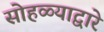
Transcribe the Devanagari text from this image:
सोहळ्याद्वारे